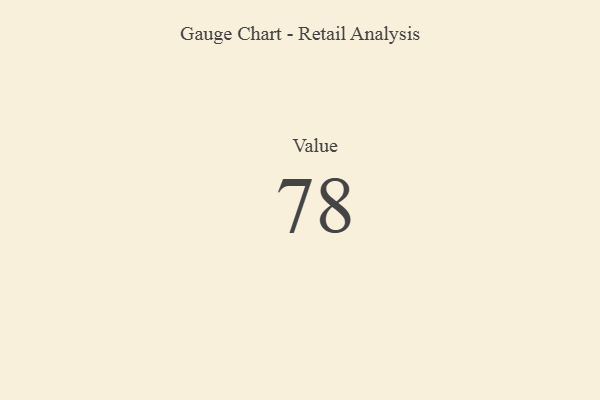
{"axis": {"x": "Metric", "y": "Value"}, "legend": [""], "data": [{"x": "Value", "y": 78, "type": ""}]}